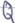
Text: Q